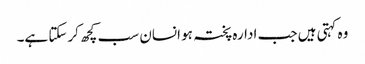
وہ کہتی ہیں جب ادارہ پختہ ہو انسان سب کچھ کرسکتا ہے۔